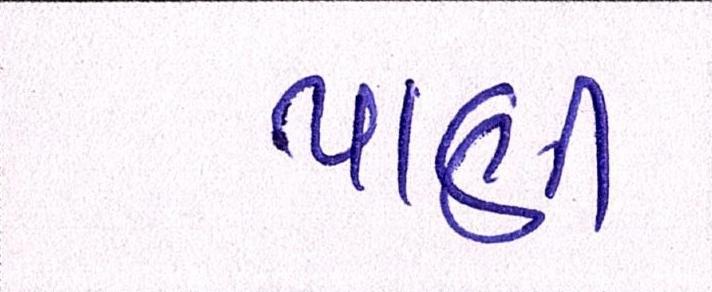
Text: પાણી